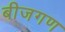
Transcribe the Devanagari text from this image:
बीजगण